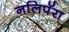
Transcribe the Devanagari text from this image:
नलिपॅरा